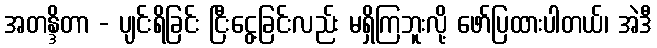
အတန္ဒိတာ - ပျင်းရိခြင်း ငြီးငွေ့ခြင်းလည်း မရှိကြဘူးလို့ ဖော်ပြထားပါတယ်၊ အဲဒီ